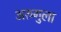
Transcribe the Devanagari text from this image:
अरुगुला